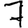
Digit: 7